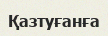
Қазтуғанға